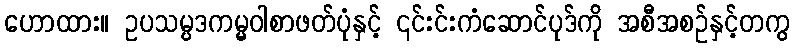
ဟောထား။ ဥပသမ္ပဒကမ္မဝါစာဖတ်ပုံနှင့် ၎င်းင်းကံဆောင်ပုဒ်ကို အစီအစဉ်နှင့်တကွ